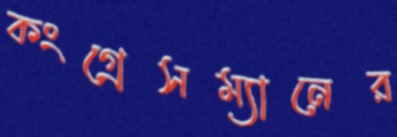
কংগ্রেসম্যানের